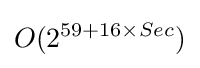
O(2^{59+16\times Sec})